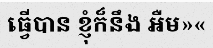
ធ្វើបាន ខ្ញុំក៏នឹង អឺម»«